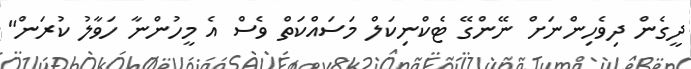
ދީގެން ދިވެހިންނަށް ނޭންގޭ ޓެކްނިކަލް މަސައްކަތް ވެސް އެ މީހުންނާ ހަވާލު ކުރަން"